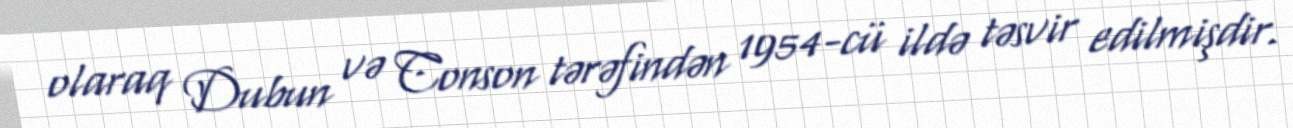
olaraq Dubun və Conson tərəfindən 1954-cü ildə təsvir edilmişdir.